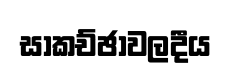
සාකච්ඡාවලදීය